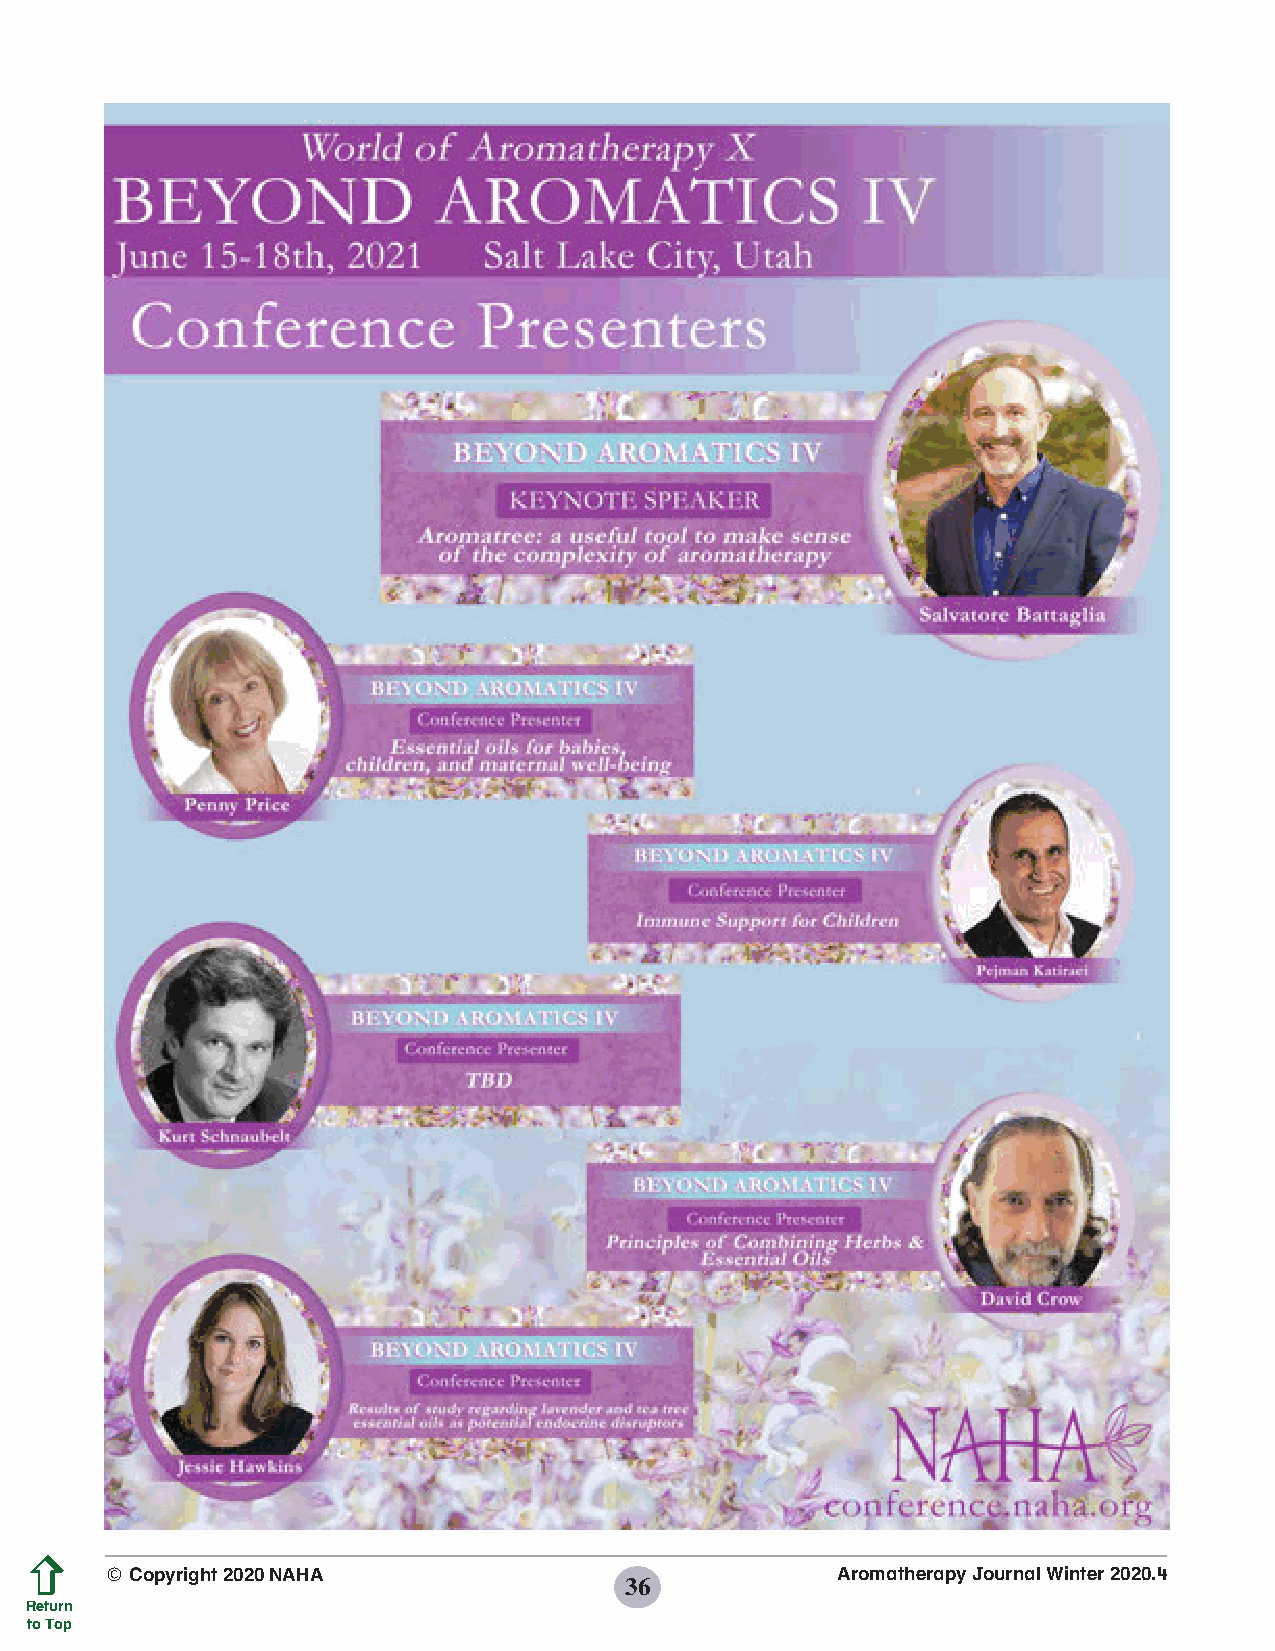
© Copyright 2020 NAHA                           Aromatherapy Journal Winter 2020.4
 36
 Return
 to Top
 